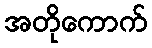
အတိုကောက်